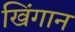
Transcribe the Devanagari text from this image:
खिंगान